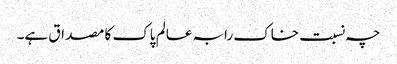
چہ نسبت خاک رابہ عالم پاک کا مصداق ہے۔